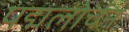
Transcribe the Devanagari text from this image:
पद्मलोचन